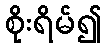
စိုးရိမ်၍